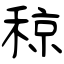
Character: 稤